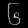
Digit: ၆